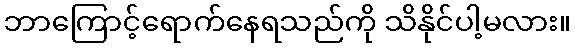
ဘာကြောင့်ရောက်နေရသည်ကို သိနိုင်ပါ့မလား။